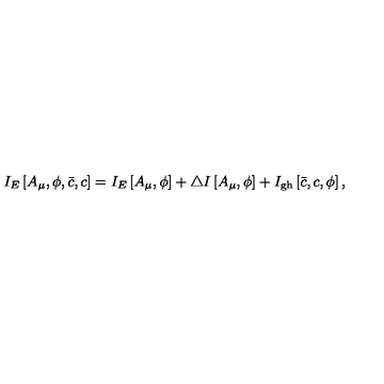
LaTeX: I _ { E } \left[ A _ { \mu } , \phi , \bar { c } , c \right] = I _ { E } \left[ A _ { \mu } , \phi \right] + \triangle I \left[ A _ { \mu } , \phi \right] + I _ { \mathrm { g h } } \left[ \bar { c } , c , \phi \right] ,